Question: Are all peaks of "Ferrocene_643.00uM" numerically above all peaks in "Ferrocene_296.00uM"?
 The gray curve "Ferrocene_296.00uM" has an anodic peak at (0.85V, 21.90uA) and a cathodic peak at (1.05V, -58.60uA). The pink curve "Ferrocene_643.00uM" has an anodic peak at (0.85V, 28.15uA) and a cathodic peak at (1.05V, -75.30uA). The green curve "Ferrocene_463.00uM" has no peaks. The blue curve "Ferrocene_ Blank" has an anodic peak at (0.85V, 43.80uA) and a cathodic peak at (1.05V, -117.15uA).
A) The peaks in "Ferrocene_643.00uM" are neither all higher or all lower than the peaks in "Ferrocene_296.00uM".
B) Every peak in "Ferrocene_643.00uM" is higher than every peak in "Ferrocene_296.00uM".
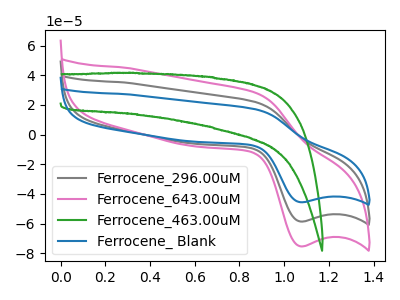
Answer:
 <answer>B) Every peak in "Ferrocene_643.00uM" is higher than every peak in "Ferrocene_296.00uM".</answer>
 <eval>B</eval>